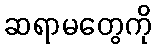
ဆရာမတွေကို